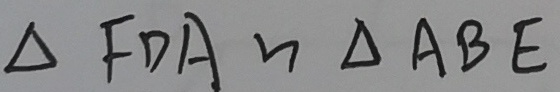
\Delta F D A \sim \Delta A B E